Report of the Imperial Institute of Veterinary Research, Muktesar
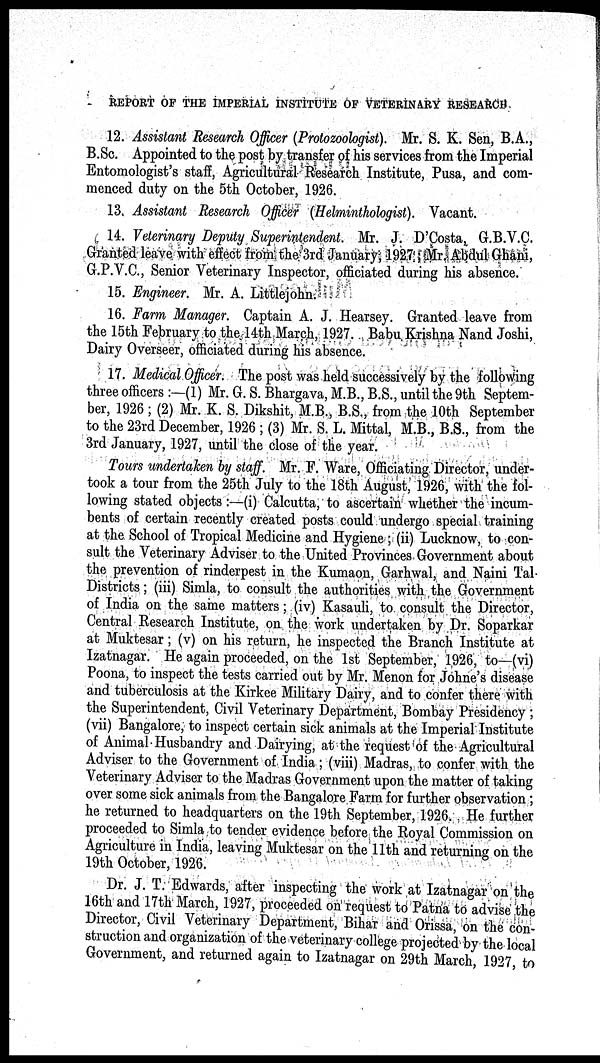
REPORT OF THE IMPERIAL INSTITUTE OF VETERINARY RESEARCH
12. Assistant Research Officer (Protozoologist). Mr. S. K. Sen, B.A.,
B.Sc. Appointed to the post by transfer of his services from the Imperial
Entomologist's staff, Agricultural Research Institute, Pusa, and com-
menced duty on the 5th October, 1926.
13. Assistant Research Officer (Helminthologist). Vacant.
14. Veterinary Deputy Superintendent. Mr. J. D'Costa, G.B.V.C.
Granted leave with effect from the 3rd January, 1927 Mr. Abdul Ghani,
G.P.V.C., Senior Veterinary Inspector, officiated during his absence.
15. Engineer. Mr. A. Littlejohn.
16. Farm Manager. Captain A. J. Hearsey. Granted leave from
the 15th February to the 14th March, 1927. Babu Krishna Nand Joshi,
Dairy Overseer, officiated during his absence.
17. Medical Officer. The post was held successively by the following
three officers :—(1) Mr. G. S. Bhargava, M.B., B.S., until the 9th Septem-
ber, 1926 ; (2) Mr. K. S. Dikshit, M.B., B.S., from the 10th September
to the 23rd December, 1926 ; (3) Mr. S. L. Mittal, M.B., B.S., from the
3rd January, 1927, until the close of the year.
Tours undertaken by staff. Mr. F. Ware, Officiating Director, under-
took a tour from the 25th July to the 18th August, 1926, with the fol-
lowing stated objects:—(i) Calcutta, to ascertain whether the incum-
bents of certain recently created posts could undergo special training
at the School of Tropical Medicine and Hygiene; (ii) Lucknow, to con-
sult the Veterinary Adviser to the United Provinces Government about
the prevention of rinderpest in the Kumaon, Garhwal, and Naini Tal.
Districts; (iii) Simla, to consult the authorities with the Government
of India on the same matters; (iv) Kasauli, to consult the Director,
Central Research Institute, on the work undertaken by Dr. Soparkar
at Muktesar; (v) on his return, he inspected the Branch Institute at
Izatnagar. He again proceeded, on the 1st September, 1926, to—(vi)
Poona, to inspect the tests carried out by Mr. Menon for Johne's disease
and tuberculosis at the Kirkee Military Dairy, and to confer there with
the Superintendent, Civil Veterinary Department, Bombay Presidency ;
(vii) Bangalore, to inspect certain sick animals at the Imperial Institute
of Animal Husbandry and Dairying, at the request of the Agricultural
Adviser to the Government of India; (viii) Madras, to confer with the
Veterinary Adviser to the Madras Government upon the matter of taking
over some sick animals from the Bangalore Farm for further observation;
he returned to headquarters on the 19th September, 1926., He further
proceeded to Simla to tender evidence before the Royal Commission on
Agriculture in India, leaving Muktesar on the 11th and returning on the
19th October, 1926.
Dr. J. T. Edwards, after inspecting the work at Izatnagar on the
16th and 17th March, 1927, proceeded on request to Patna to advise the
Director, Civil Veterinary Department, Bihar and Orissa, on the con-
struction and organization of the veterinary college projected by the local
Government, and returned again to Izatnagar on 29th March, 1927, to